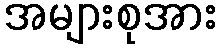
အများစုအား